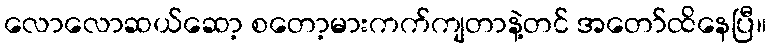
လောလောဆယ်ဆော့ စတော့မားကက်ကျတာနဲ့တင် အတော်ထိနေပြီ။